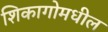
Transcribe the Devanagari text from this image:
शिकागोमधील